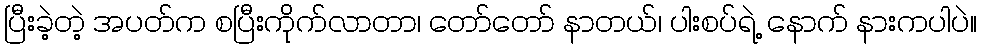
ပြီးခဲ့တဲ့ အပတ်က စပြီးကိုက်လာတာ၊ တော်တော် နာတယ်၊ ပါးစပ်ရဲ့ နောက် နားကပါပဲ။